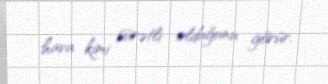
hava kimi sürətli olduğunu görür.